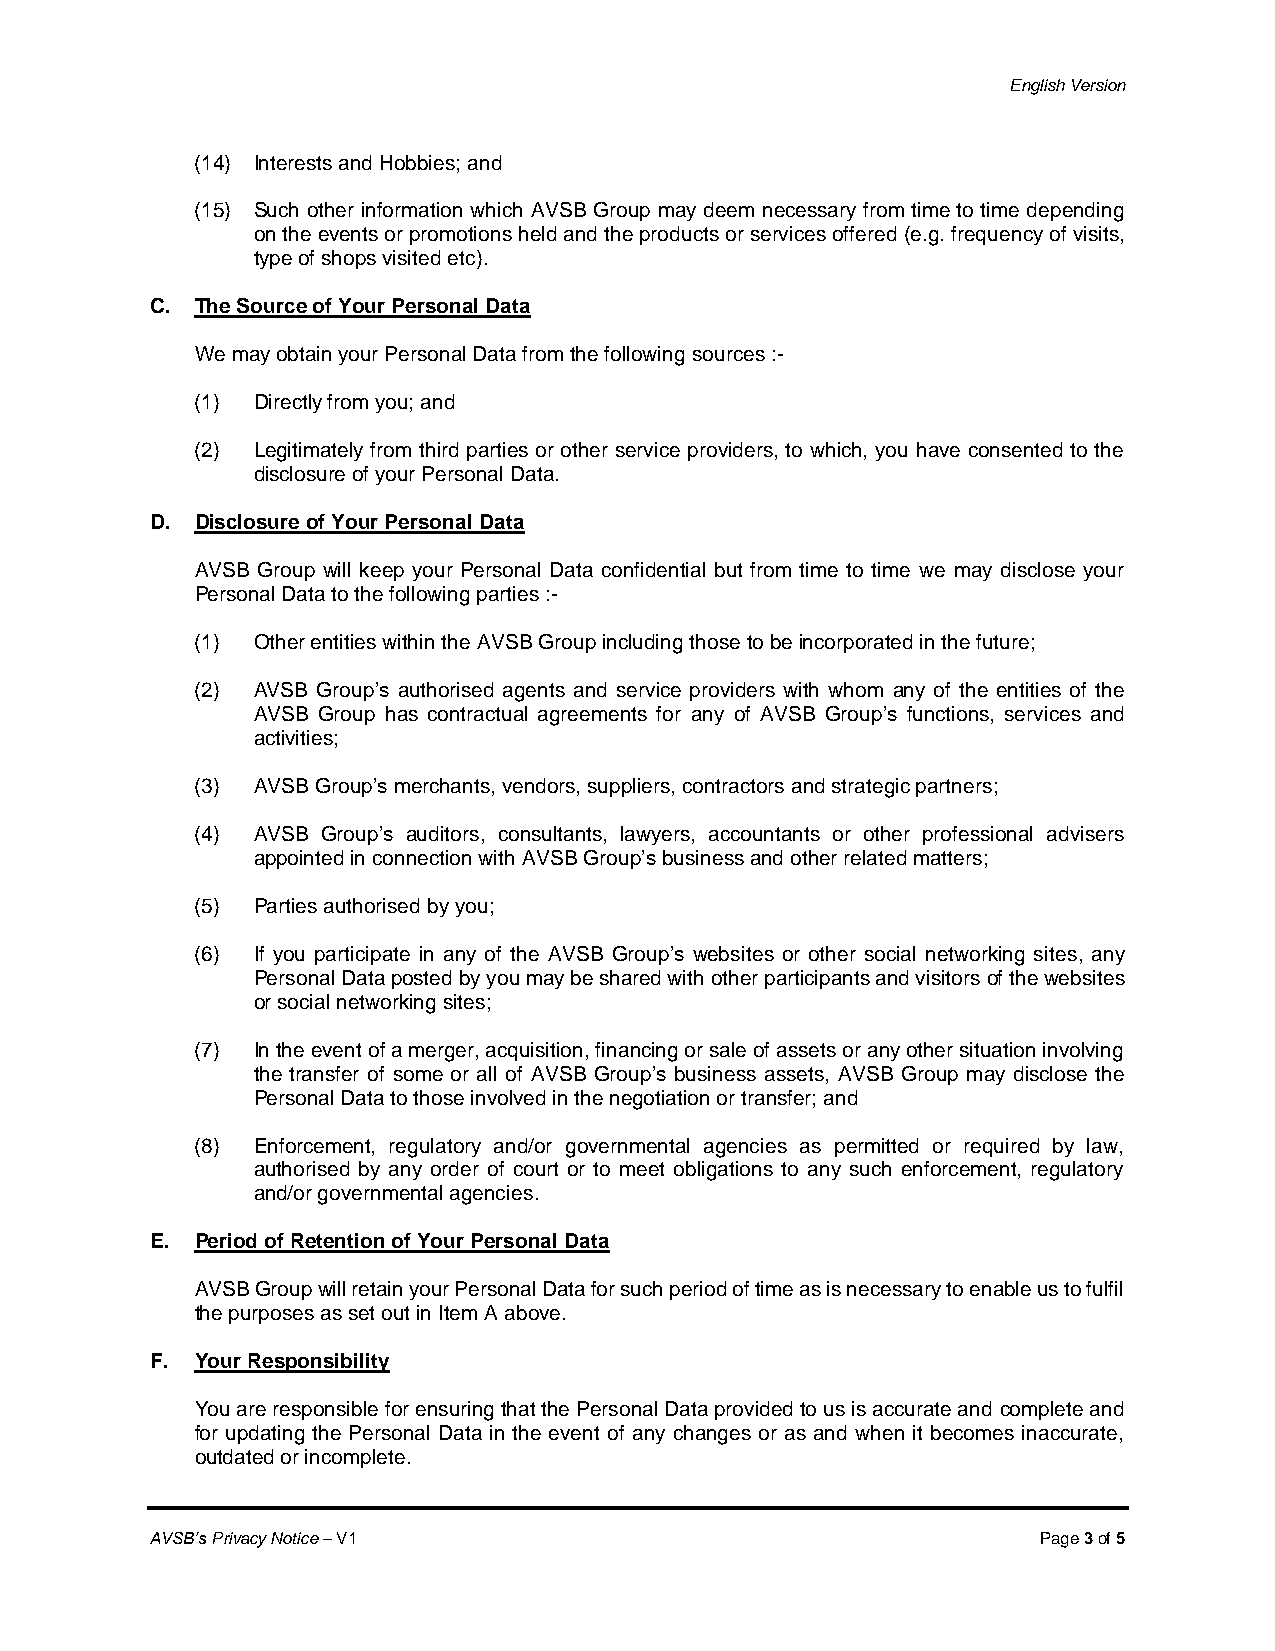
English Version
 (14) Interests and Hobbies; and
 (15) Such other information which AVSB Group may deem necessary from time to time depending
 on the events or promotions held and the products or services offered (e.g. frequency of visits,
 type of shops visited etc).
 C. The Source of Your Personal Data
 We may obtain your Personal Data from the following sources :-
 (1) Directly from you; and
 (2) Legitimately from third parties or other service providers, to which, you have consented to the
 disclosure of your Personal Data.
 D. Disclosure of Your Personal Data
 AVSB Group will keep your Personal Data confidential but from time to time we may disclose your
 Personal Data to the following parties :-
 (1) Other entities within the AVSB Group including those to be incorporated in the future;
 (2) AVSB Group’s authorised agents and service providers with whom any of the entities of the
 AVSB Group has contractual agreements for any of AVSB Group’s functions, services and
 activities;
 (3) AVSB Group’s merchants, vendors, suppliers, contractors and strategic partners;
 (4) AVSB Group’s auditors, consultants, lawyers, accountants or other professional advisers
 appointed in connection with AVSB Group’s business and other related matters;
 (5) Parties authorised by you;
 (6) If you participate in any of the AVSB Group’s websites or other social networking sites, any
 Personal Data posted by you may be shared with other participants and visitors of the websites
 or social networking sites;
 (7) In the event of a merger, acquisition, financing or sale of assets or any other situation involving
 the transfer of some or all of AVSB Group’s business assets, AVSB Group may disclose the
 Personal Data to those involved in the negotiation or transfer; and
 (8) Enforcement, regulatory and/or governmental agencies as permitted or required by law,
 authorised by any order of court or to meet obligations to any such enforcement, regulatory
 and/or governmental agencies.
 E. Period of Retention of Your Personal Data
 AVSB Group will retain your Personal Data for such period of time as is necessary to enable us to fulfil
 the purposes as set out in Item A above.
 F. Your Responsibility
 You are responsible for ensuring that the Personal Data provided to us is accurate and complete and
 for updating the Personal Data in the event of any changes or as and when it becomes inaccurate,
 outdated or incomplete.
 AVSB’s Privacy Notice – V1                                 Page 3 of 5